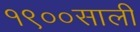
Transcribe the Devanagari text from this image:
१९००साली